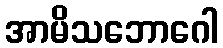
အာမိသဘောဂေါ